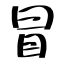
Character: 冒